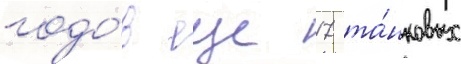
годо́в еще 17 та́нковых